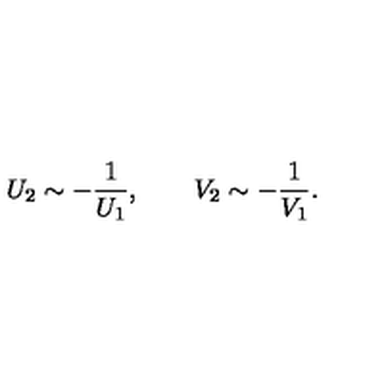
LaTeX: U _ { 2 } \sim - \frac { 1 } { U _ { 1 } } , \qquad V _ { 2 } \sim - \frac { 1 } { V _ { 1 } } .